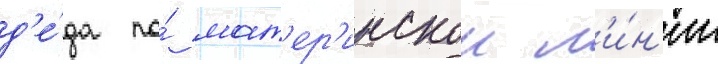
д'е́да по́ мат'ер'инскои л'и́н'ии